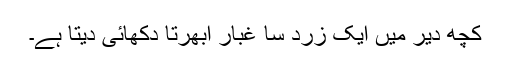
کچھ دیر میں ایک زرد سا غبار ابھرتا دکھائی دیتا ہے۔